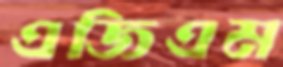
এজিএম